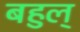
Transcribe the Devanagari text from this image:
बहुल्